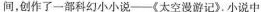
间，创作了一部科幻小小说—《太空漫游记》。小说中